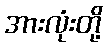
အားလုံးတို့